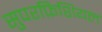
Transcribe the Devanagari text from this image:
सुपरफ़िशियल